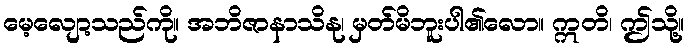
မေ့လျော့သည်ကို။ အဘိဇာနာသိနု၊ မှတ်မိဘူးပါ၏လော။ ဣတိ၊ ဤသို့။